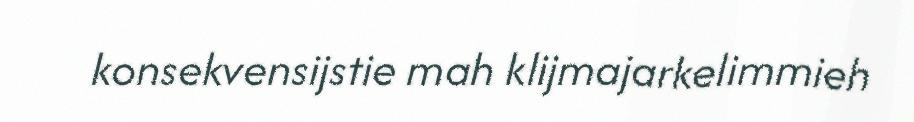
konsekvensijstie mah klijmajarkelimmieh